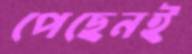
পেছেনই